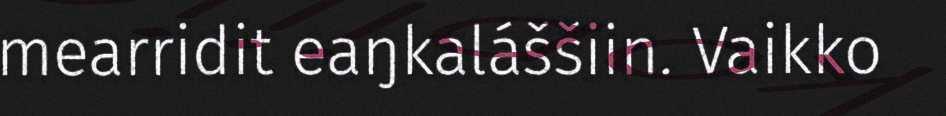
mearridit eaŋkaláššiin. Vaikko